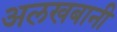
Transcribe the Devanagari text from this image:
अलखबानी